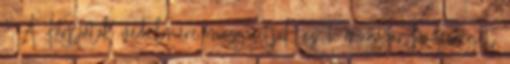
- A Kárpátok védelmére mozgósítják az 1. magyar hadsereget.